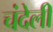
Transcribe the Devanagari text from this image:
चंदेली